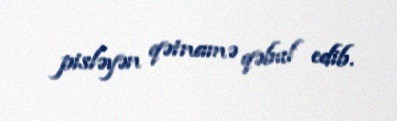
pisləyən qətnamə qəbul edib.